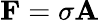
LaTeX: \mathbf{F}=\sigma\mathbf{A}